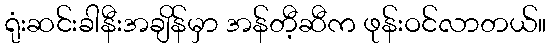
ရုံးဆင်းခါနီးအချိန်မှာ အန်တီ့ဆီက ဖုန်းဝင်လာတယ်။